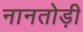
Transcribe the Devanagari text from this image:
नानतोड़ी